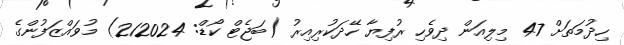
ހިދުމަތަށް 47 މިލިއަން ދިވެހި ރުފިޔާ ހޭދަކުރިއިރު (ބަޖެޓް ކޯޑް: 212024) މުވައްޒަފުންގެ